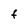
Character: F